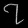
Digit: ၇